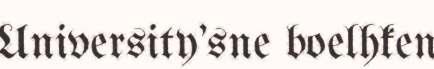
University'sne boelhken